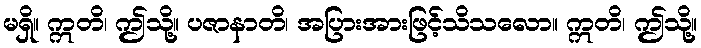
မရှိ။ ဣတိ၊ ဤသို့။ ပဇာနာတိ၊ အပြားအားဖြင့်သိသလော။ ဣတိ၊ ဤသို့။